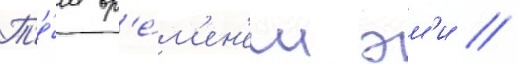
Т'е́м вр'е́м'ен'ем эм'и /